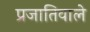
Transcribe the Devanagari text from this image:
प्रजातिवाले